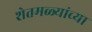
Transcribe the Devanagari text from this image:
शेतमळ्यांच्या